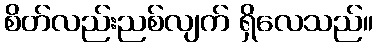
စိတ်လည်းညစ်လျက် ရှိလေသည်။